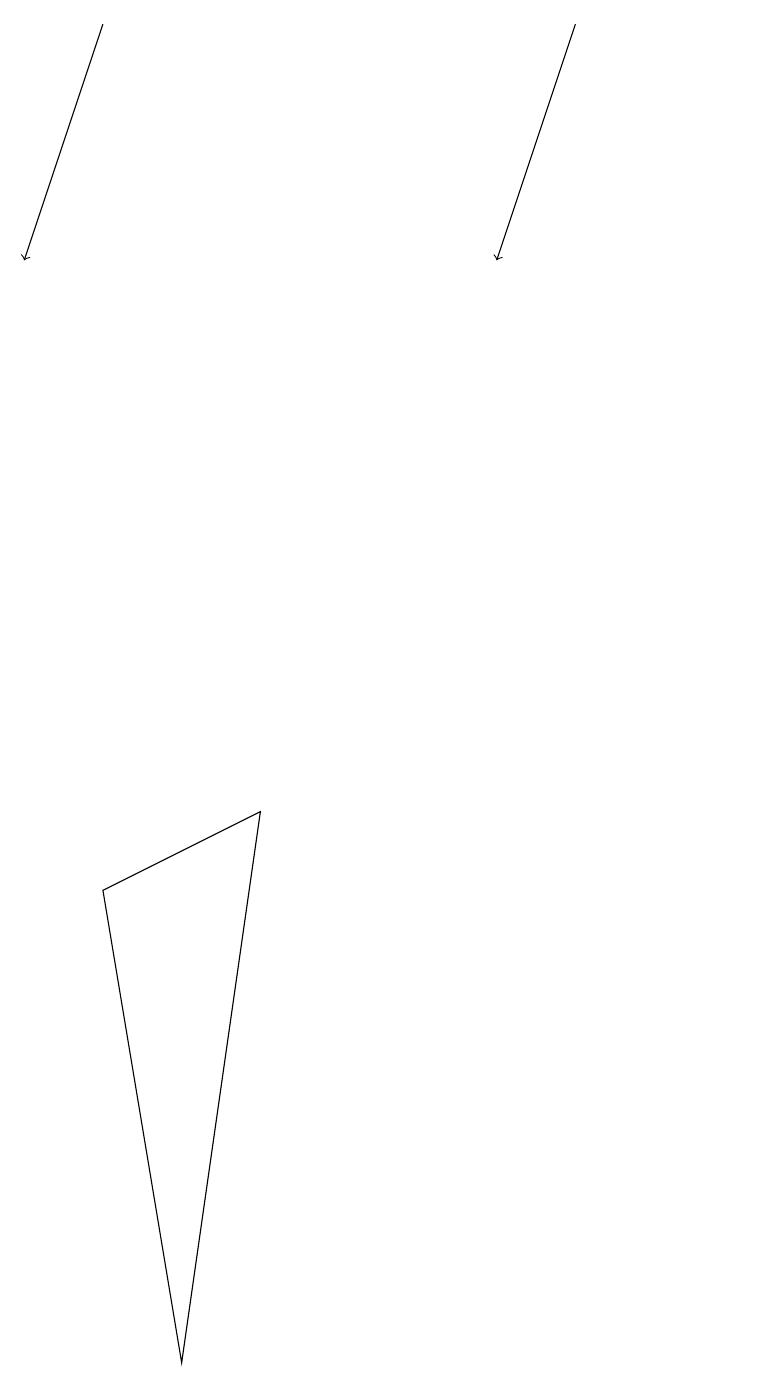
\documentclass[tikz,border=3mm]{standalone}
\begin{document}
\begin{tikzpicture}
\draw[->] (2,18) -- (1,15);
\draw[->] (8,18) -- (7,15);
\draw (10,10) circle (0);
\draw (2,7) -- (3,1) -- (4,8) -- cycle;
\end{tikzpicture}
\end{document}